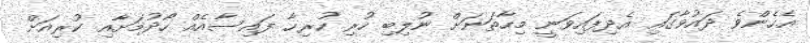
އެހެންވެ ދައުވާގައި އެދިފައިވަނީ މިހާތަނަށް ނުލިބި ހުރި ހުރިހާ ފައިސާއެއް ހޯދުމަށާއި ކުރިއަށް